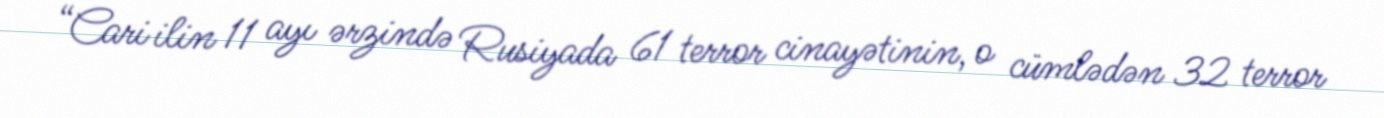
“Cari ilin 11 ayı ərzində Rusiyada 61 terror cinayətinin, o cümlədən 32 terror